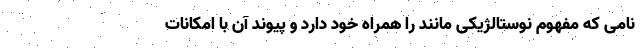
نامی که مفهوم نوستالژیکی مانند را همراه خود دارد و پیوند آن با امکانات